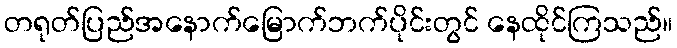
တရုတ်ပြည်အနောက်မြောက်ဘက်ပိုင်းတွင် နေထိုင်ကြသည်။